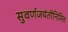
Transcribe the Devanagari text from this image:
सुवर्णजयंतीनिमित्त